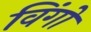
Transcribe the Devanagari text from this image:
विंगों